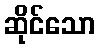
ဆိုင်သော